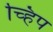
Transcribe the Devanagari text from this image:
च्हिप